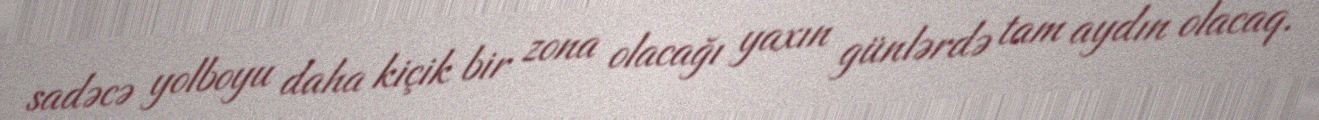
sadəcə yolboyu daha kiçik bir zona olacağı yaxın günlərdə tam aydın olacaq.